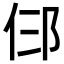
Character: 𬩹